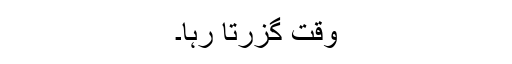
وقت گزرتا رہا۔